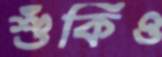
শুঁকিও